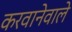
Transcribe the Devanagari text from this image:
करवानेवाले